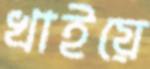
খাইয়ে